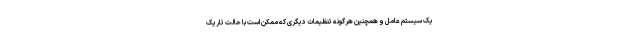
یک سیستم عامل و همچنین هرگونه تنظیمات دیگری که ممکن است با حالت تاریک